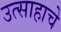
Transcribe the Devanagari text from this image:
उत्‍साहाचे